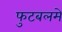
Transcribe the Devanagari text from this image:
फुटबलमे